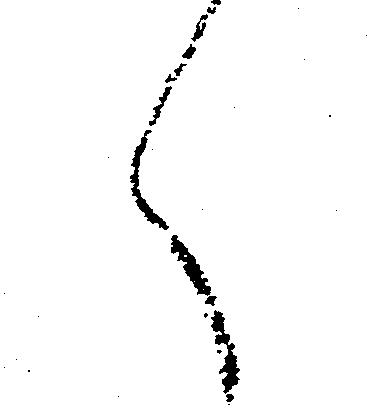
く